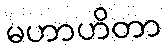
မဟာဟိတာ